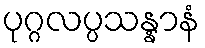
ပုဂ္ဂလပ္ပသန္နာနံ